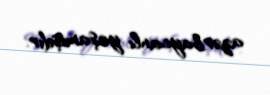
azərbaycanlı yaşamışdır.